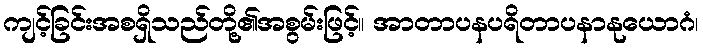
ကျင့်ခြင်းအစရှိသည်တို့၏အစွမ်းဖြင့်။ အာတာပနပရိတာပနာနုယောဂံ၊